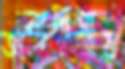
অন্যমাত্রার